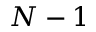
N - 1